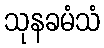
သုနခမံသံ